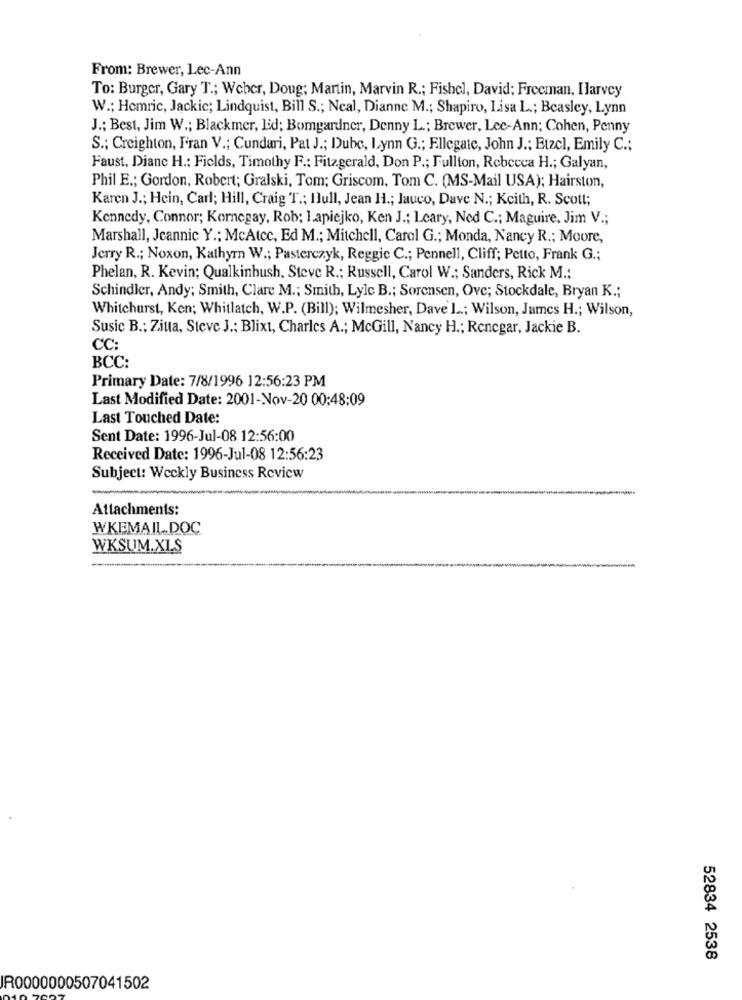
From: Brewer, Lec-Ann
To: Burger, Gary T .; Weber, Doug; Martin, Marvin R .; Fishel, David; Freeman, Harvey
W .; Hemric, Jackic; Lindquist, Bill S .; Ncal, Dianne M .; Shapiro, Lisa L .; Beasley, Lynn
J .; Best, Jim W .; Blackmer, Ed: Bomgardner, Denny L .; Brewer, Lee-Ann; Cohen, Penny
S .; Creighton, Fran V .; Cundari, Pat J .; Dube, Lynn G .; Ellegate, John J .; Etzel, Emily C .;
Faust, Dianc H .: Fields, Timothy F .: Fitzgerald, Don P .; Fullton, Rebecca H .; Galyan,
Phil E .; Gordon, Robert; Gralski, Tom; Griscom, Tom C. (MS-Mail USA); Hairston,
Karen J .; Hein, Carl; Hill, Craig T .; Ilull, Jean H .; Jauco, Dave N .; Keith, R. Scott;
Kennedy, Connor; Kornegay, Rob; I apiejko, Ken J .; Leary, Ned C .; Maguire, Jim V .;
Marshall, Jeannic Y .; McAtcc, Ed M .; Mitchell, Carol G .; Monda, Nancy R .; Moore,
Jerry R .; Noxon, Kathyrn W .; Pasterczyk, Reggie C .; Pennell, Cliff; Petto, Frank G .;
Phelan, R. Kevin; Qualkinbush, Steve R .; Russell, Carol W .; Sanders, Rick M .;
Schindler, Andy; Smith, Clare M .: Smith, Lyle B .; Sorensen, Ove; Stockdale, Bryan K .;
Whitehurst, Ken; Whitlatch, W.P. (Bill); Wilmesher, Dave L .; Wilson, James H .; Wilson,
Susic B .: Zitta, Steve J .; Blixt, Charles A .; McGill, Nancy H .; Renegar, Jackie B.
CC:
BCC:
Primary Date: 7/8/1996 12:56:23 PM
Last Modified Date: 2001-Nov-20 00:48:09
Last Touched Date:
Sent Date: 1996-Jul-08 12:56:00
Received Date: 1996-Jul-08 12:56:23
Subject: Weckly Business Review
Attachments:
WKEMAIL .DOC
WKSUM.XLS
52834 2538
IR0000000507041502